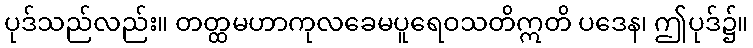
ပုဒ်သည်လည်း။ တတ္ထမဟာကုလခေမပူရေဝသတိဣတိ ပဒေန၊ ဤပုဒ်၌။